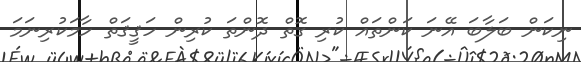
ނިކަން ބަލާބަ އޭނަ ކަންތައް ކުރި ގޮތް ދޮންތަ ކުރިން ހަޤީޤަތް ހާމަކުރިނަމަ